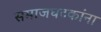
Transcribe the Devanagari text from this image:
समाजघटकांना